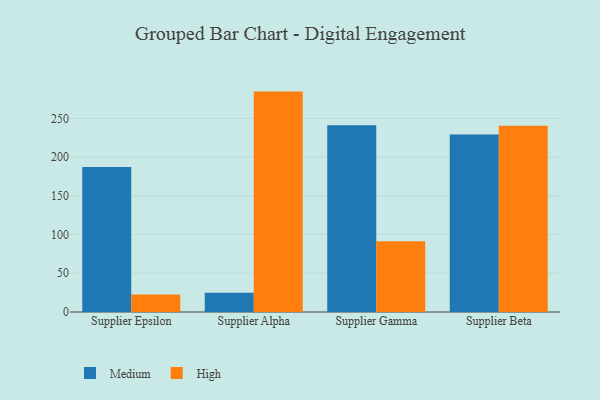
{"axis": {"x": "Supplier", "y": "Humidity (%)"}, "legend": ["High", "Medium"], "data": [{"x": "Supplier Epsilon", "y": 187.2, "type": "Medium"}, {"x": "Supplier Epsilon", "y": 22.6, "type": "High"}, {"x": "Supplier Alpha", "y": 24.7, "type": "Medium"}, {"x": "Supplier Alpha", "y": 284.5, "type": "High"}, {"x": "Supplier Gamma", "y": 241.1, "type": "Medium"}, {"x": "Supplier Gamma", "y": 91.3, "type": "High"}, {"x": "Supplier Beta", "y": 229.1, "type": "Medium"}, {"x": "Supplier Beta", "y": 240.5, "type": "High"}]}